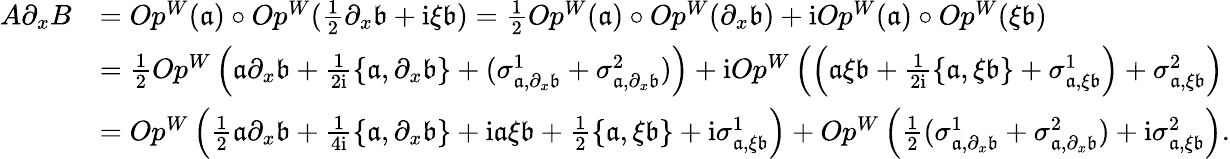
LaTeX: \begin{array}{rl}{A\partial_{x}B}&{=Op^{W}(\mathfrak{a})\circ Op^{W}(\frac{1}{2}\partial_{x}\mathfrak{b}+\mathrm{i}\xi\mathfrak{b})=\frac{1}{2}Op^{W}(\mathfrak{a})\circ Op^{W}(\partial_{x}\mathfrak{b})+\mathrm{i}Op^{W}(\mathfrak{a})\circ Op^{W}(\mathfrak{\xi\mathfrak{b}})}\\ &{=\frac{1}{2}Op^{W}\left(\mathfrak{a}\partial_{x}\mathfrak{b}+\frac{1}{2\mathrm{i}}\left\{ \mathfrak{a},\partial_{x}\mathfrak{b}\right\} +(\sigma_{\mathfrak{a},\partial_{x}\mathfrak{b}}^{1}+\sigma_{\mathfrak{a},\partial_{x}\mathfrak{b}}^{2})\right)+\mathrm{i}Op^{W}\left(\left(\mathfrak{a}\xi\mathfrak{b}+\frac{1}{2\mathrm{i}}\left\{ \mathfrak{a},\xi\mathfrak{b}\right\} +\sigma_{\mathfrak{a},\xi\mathfrak{b}}^{1}\right)+\sigma_{\mathfrak{a},\xi\mathfrak{b}}^{2}\right)}\\ &{=Op^{W}\left(\frac{1}{2}\mathfrak{a}\partial_{x}\mathfrak{b}+\frac{1}{4\mathrm{i}}\left\{ \mathfrak{a},\partial_{x}\mathfrak{b}\right\} +\mathrm{i}\mathfrak{a}\xi\mathfrak{b}+\frac{1}{2}\left\{ \mathfrak{a},\xi\mathfrak{b}\right\} +\mathrm{i}\sigma_{\mathfrak{a},\xi\mathfrak{b}}^{1}\right)+Op^{W}\left(\frac{1}{2}(\sigma_{\mathfrak{a},\partial_{x}\mathfrak{b}}^{1}+\sigma_{\mathfrak{a},\partial_{x}\mathfrak{b}}^{2})+\mathrm{i}\sigma_{\mathfrak{a},\xi\mathfrak{b}}^{2}\right).}\end{array}